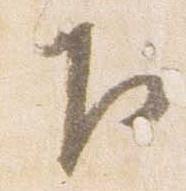
下